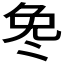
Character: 𫥎